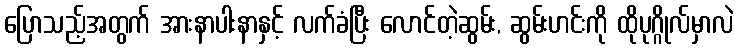
ပြောသည့်အတွက် အားနာပါးနာနှင့် လက်ခံပြီး လောင်တဲ့ဆွမ်း, ဆွမ်းဟင်းကို ထိုပုဂ္ဂိုလ်မှာလဲ